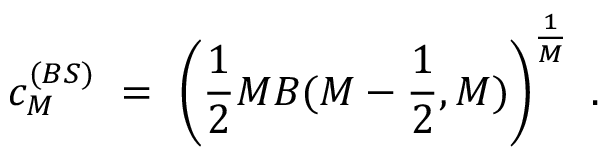
\qquad c _ { M } ^ { ( B S ) } \ = \ \left( \frac { 1 } { 2 } M B ( M - \frac { 1 } { 2 } , M ) \right) ^ { \frac { 1 } { M } } \ .